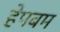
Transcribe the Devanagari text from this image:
हेपबम